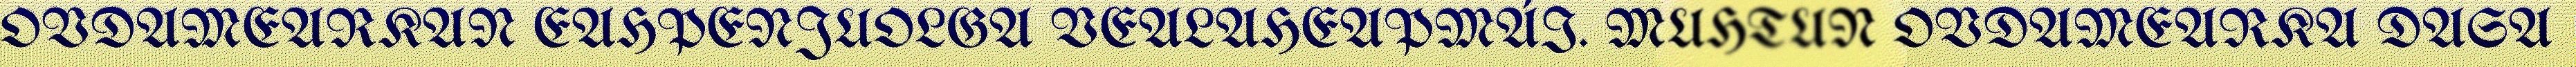
OVDAMEARKAN EAHPENJUOLGA VEALAHEAPMÁI. MUHTUN OVDAMEARKA DASA